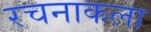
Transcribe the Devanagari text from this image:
रचनाकला